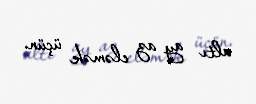
altı ay az eləmək üçün.